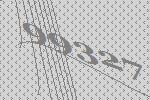
99327